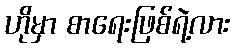
ဟိုမှာ စာရေးဖြစ်ရဲ့လား